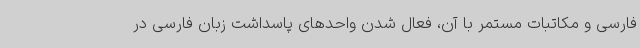
فارسی و مکاتبات مستمر با آن، فعال شدن واحدهای پاسداشت زبان فارسی در